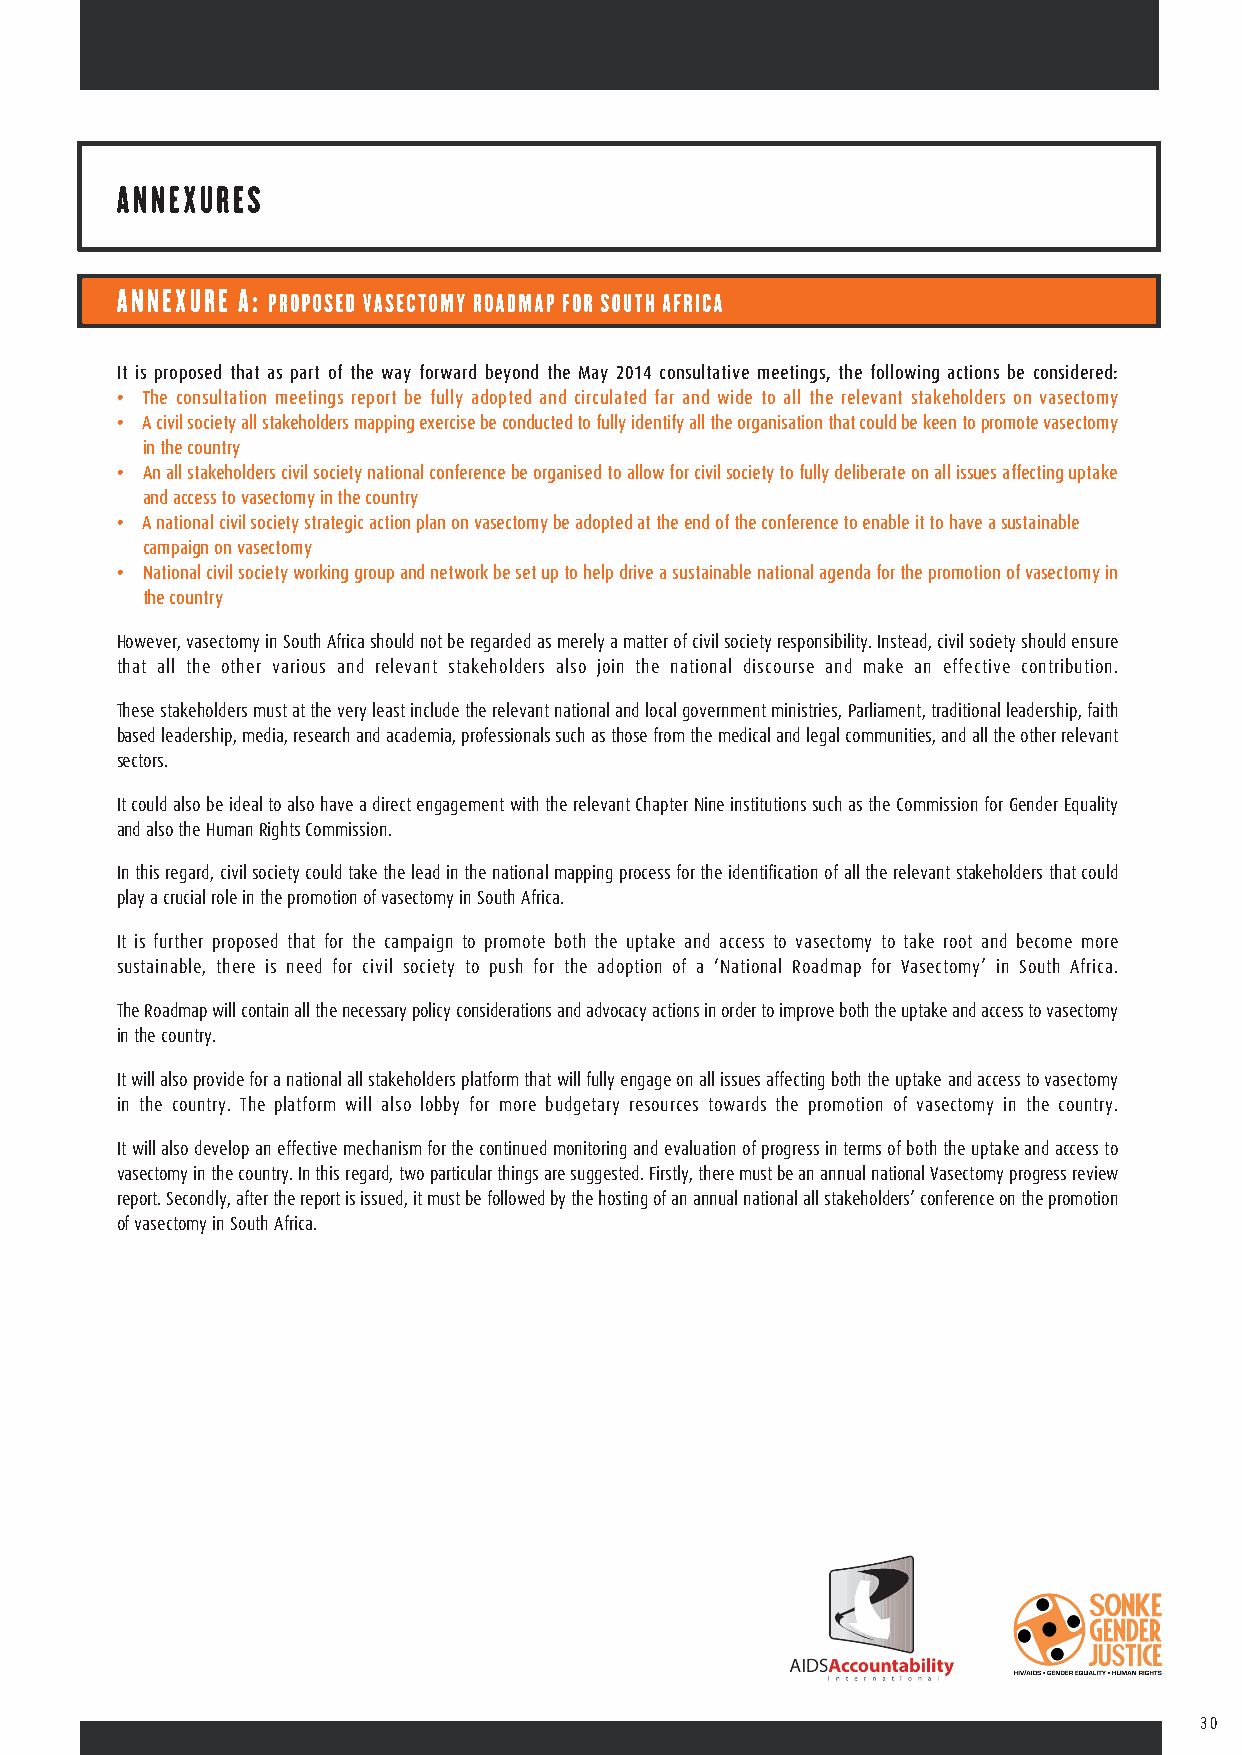
It is proposed that as part of the way forward beyond the May 2014 consultative meetings, the following actions be considered:
 • The consultation meetings report be fully adopted and circulated far and wide to all the relevant stakeholders on vasectomy
 • A civil society all stakeholders mapping exercise be conducted to fully identify all the organisation that could be keen to promote vasectomy
 in the country
 • An all stakeholders civil society national conference be organised to allow for civil society to fully deliberate on all issues affecting uptake
 and access to vasectomy in the country
 • A national civil society strategic action plan on vasectomy be adopted at the end of the conference to enable it to have a sustainable
 campaign on vasectomy
 • National civil society working group and network be set up to help drive a sustainable national agenda for the promotion of vasectomy in
 the country
 However, vasectomy in South Africa should not be regarded as merely a matter of civil society responsibility. Instead, civil society should ensure
 that all the other various and relevant stakeholders also join the national discourse and make an effective contribution.
 These stakeholders must at the very least include the relevant national and local government ministries, Parliament, traditional leadership, faith
 based leadership, media, research and academia, professionals such as those from the medical and legal communities, and all the other relevant
 sectors.
 It could also be ideal to also have a direct engagement with the relevant Chapter Nine institutions such as the Commission for Gender Equality
 and also the Human Rights Commission.
 In this regard, civil society could take the lead in the national mapping process for the identification of all the relevant stakeholders that could
 play a crucial role in the promotion of vasectomy in South Africa.
 It is further proposed that for the campaign to promote both the uptake and access to vasectomy to take root and become more
 sustainable, there is need for civil society to push for the adoption of a ‘National Roadmap for Vasectomy’ in South Africa.
 The Roadmap will contain all the necessary policy considerations and advocacy actions in order to improve both the uptake and access to vasectomy
 in the country.
 It will also provide for a national all stakeholders platform that will fully engage on all issues affecting both the uptake and access to vasectomy
 in the country. The platform will also lobby for more budgetary resources towards the promotion of vasectomy in the country.
 It will also develop an effective mechanism for the continued monitoring and evaluation of progress in terms of both the uptake and access to
 vasectomy in the country. In this regard, two particular things are suggested. Firstly, there must be an annual national Vasectomy progress review
 report. Secondly, after the report is issued, it must be followed by the hosting of an annual national all stakeholders’ conference on the promotion
 of vasectomy in South Africa.
 30